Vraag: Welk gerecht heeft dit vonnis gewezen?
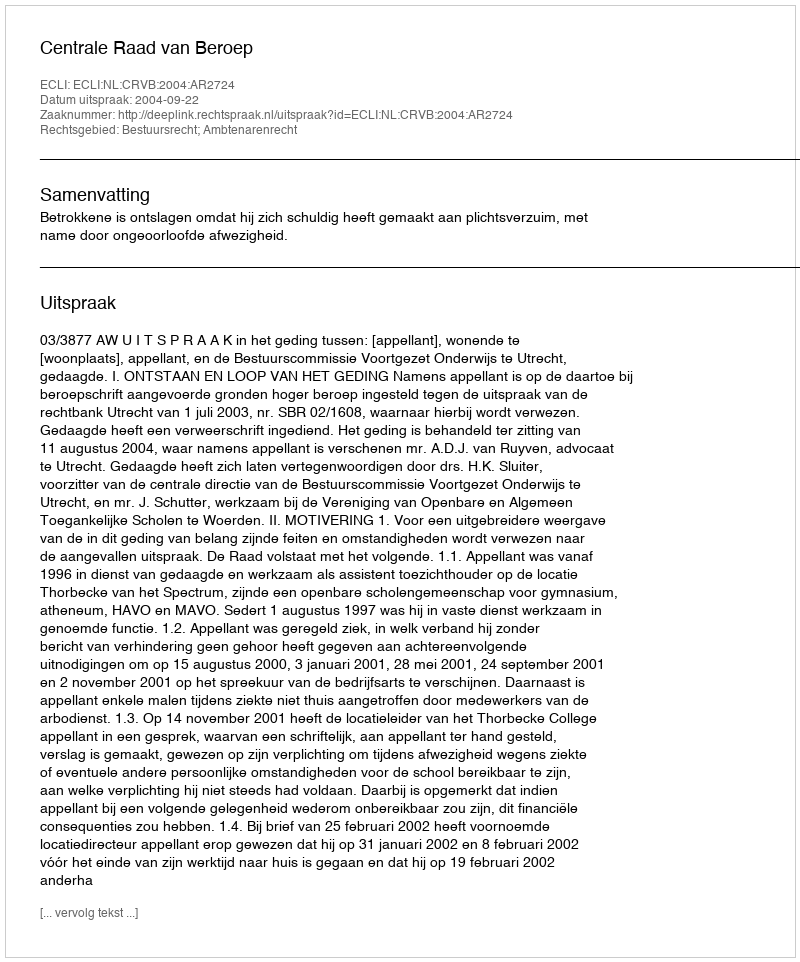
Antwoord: Centrale Raad van Beroep